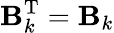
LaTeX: \mathbf B_{k}^{\textrm{T}}=\mathbf B_{k}